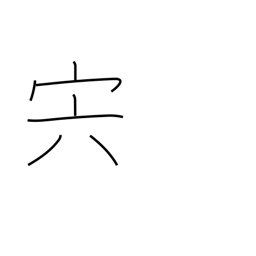
Meaning: meat